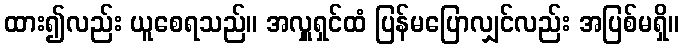
ထား၍လည်း ယူစေရသည်။ အလှူရှင်ထံ ပြန်မပြောလျှင်လည်း အပြစ်မရှိ။